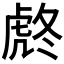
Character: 𧆼